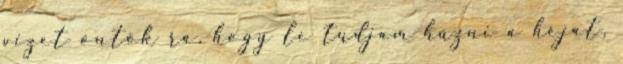
vizet öntök rá, hogy le tudjam húzni a héját,